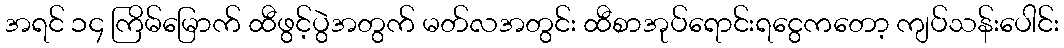
အရင် ၁၄ ကြိမ်မြောက် ထီဖွင့်ပွဲအတွက် မတ်လအတွင်း ထီစာအုပ်ရောင်းရငွေကတော့ ကျပ်သန်းပေါင်း